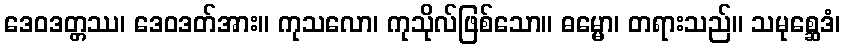
ဒေဝဒတ္တဿ၊ ဒေဝဒတ်အား။ ကုသလော၊ ကုသိုလ်ဖြစ်သော။ ဓမ္မော၊ တရားသည်။ သမုစ္ဆေဒံ၊